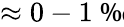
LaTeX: \approx 0-1\mathrm{~\textperthousand~}